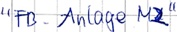
Text: "FB_Anlage M2"